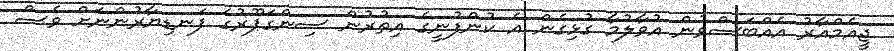
ޖީއެމްއާރު އެއްބަސްވުން އުވާލުމާ ގުޅިގެން އެ ކުންފުނީގެ އިތުރުން ސިންގަޕޫރުގެ ފަނޑިޔާރުންނަށް ވެސް